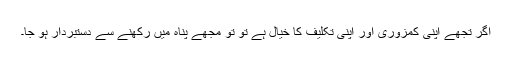
اگر تجھے اپنی کمزوری اور اپنی تکلیف کا خیال ہے تو تو مجھے پناہ میں رکھنے سے دستبردار ہو جا۔